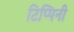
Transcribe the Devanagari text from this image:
टिप्पिनी